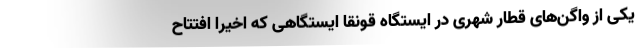
یکی از واگن‌های قطار شهری در ایستگاه قونقا ایستگاهی که اخیرا افتتاح